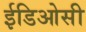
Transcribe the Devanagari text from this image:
ईडिओसी